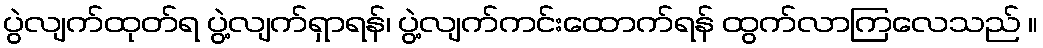
ပွဲလျက်ထုတ်ရ ပွဲ့လျက်ရှာရန်၊ ပွဲ့လျက်ကင်းထောက်ရန် ထွက်လာကြလေသည် ။